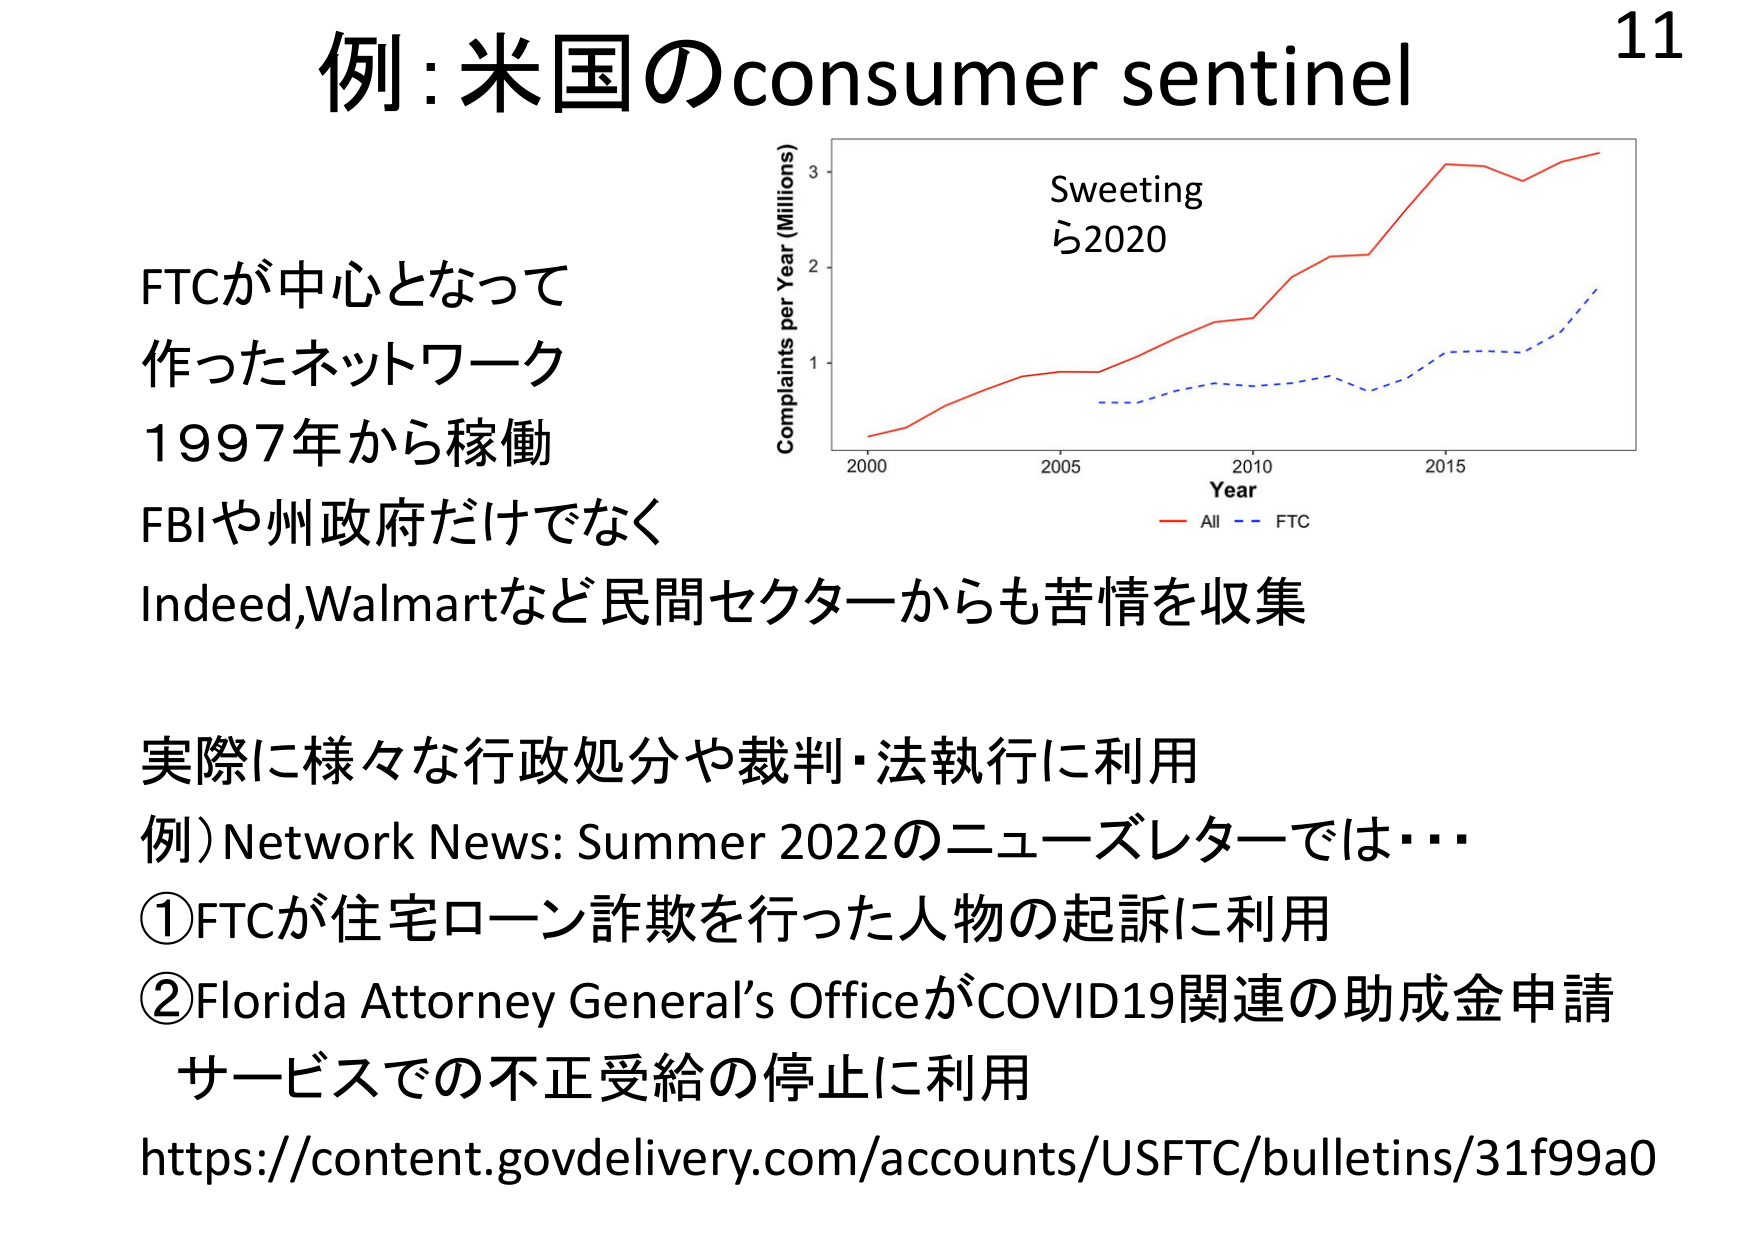
例: 米国のconsumer sentinel

FTCが中心となって
作ったネットワーク
1997年から稼働
FBIや州政府だけでなく
Indeed, Walmartなど民間セクターからも苦情を収集

実際に様々な行政処分や裁判・法執行に利用
例）Network News: Summer 2022のニューズレターでは…
①FTCが住宅ローン詐欺を行った人物の起訴に利用
②Florida Attorney General’s OfficeがCOVID19関連の助成金申請
サービスでの不正受給の停止に利用
https://content.govdelivery.com/accounts/USFTC/bulletins/31f99a0

Sweeting
ら2020

Complaints per Year (Millions)
Year
All
FTC

11